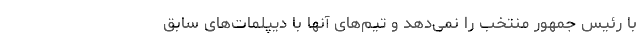
با رئیس جمهور منتخب را نمی‌دهد و تیم‌های آنها با دیپلمات‌های سابق